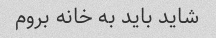
شاید باید به خانه بروم